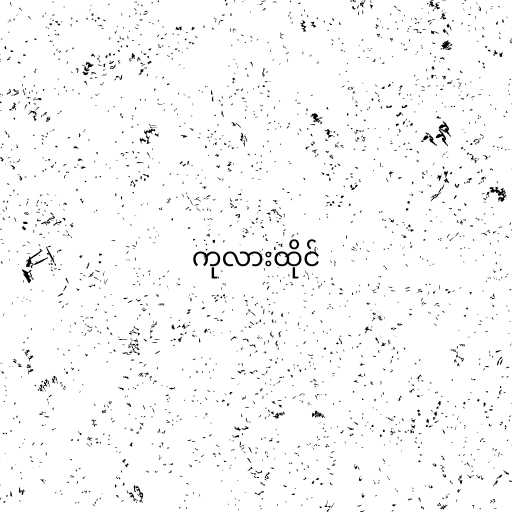
ကုလားထိုင်